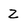
Character: Z